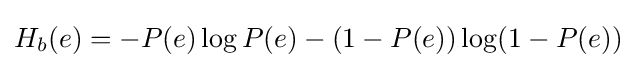
H_{b}(e)=-P(e)\log P(e)-(1-P(e))\log(1-P(e))